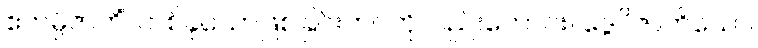
ဧကမ္ပိဇာတိံ၊ တစ်ခုသောဖြစ်ခြင်းဘဝကိုလည်းကောင်း။ ဒွေပိဇာတိယော၊